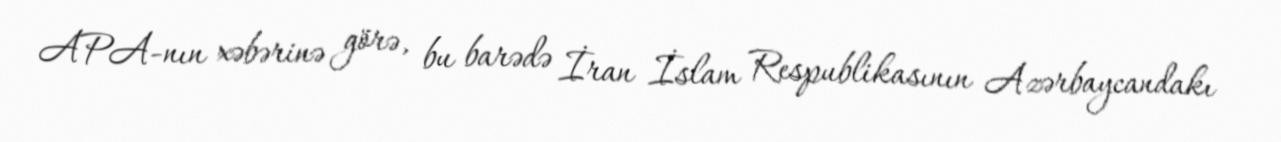
APA-nın xəbərinə görə, bu barədə İran İslam Respublikasının Azərbaycandakı